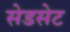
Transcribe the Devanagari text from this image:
सेडसेट